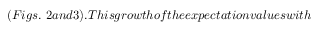
( F i g s . ~ 2 a n d 3 ) . T h i s g r o w t h o f t h e e x p e c t a t i o n v a l u e s w i t h